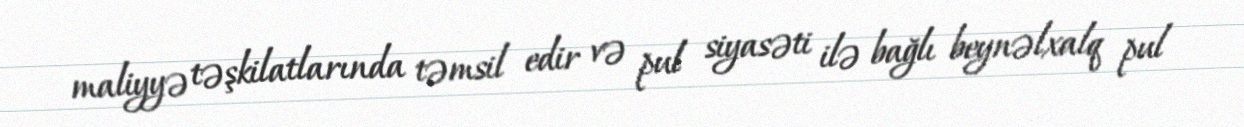
maliyyə təşkilatlarında təmsil edir və pul siyasəti ilə bağlı beynəlxalq pul